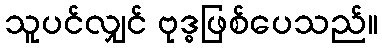
သူပင်လျှင် ဗုဒ္ဓဖြစ်ပေသည်။